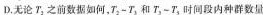
D.无论T_{3}之前数据如何，T_{2}-T_{3}和T_{3}-T_{5}，时间段内种群数量